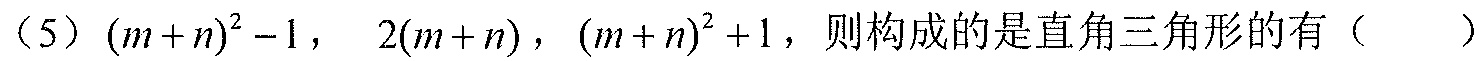
（5）\((m + n)^{2}-1\)， \(2(m + n)\)，\((m + n)^{2}+1\)，则构成的是直角三角形的有（  ）